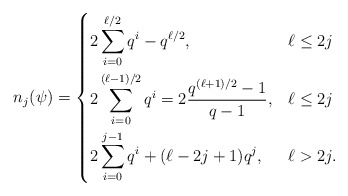
\begin{align*} n_{j}(\psi) = \begin{dcases} 2\sum_{i=0}^{\ell/2} q^i - q^{\ell/2}, & \ell\leq 2j \\ 2\sum_{i=0}^{(\ell-1)/2} q^i = 2\frac{q^{(\ell+1)/2} - 1}{q-1}, & \ell\leq 2j \\ 2\sum_{i=0}^{j-1} q^i + (\ell-2j+1)q^j, & \ell > 2j . \end{dcases}\end{align*}